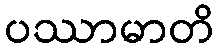
ပဿာမာတိ